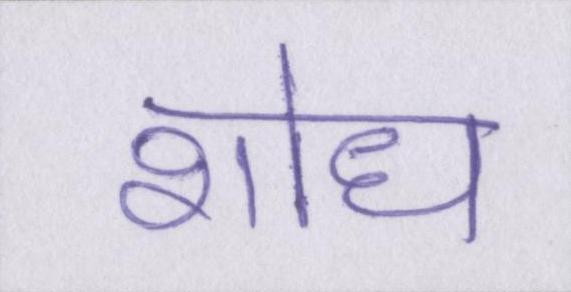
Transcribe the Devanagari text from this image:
शोध